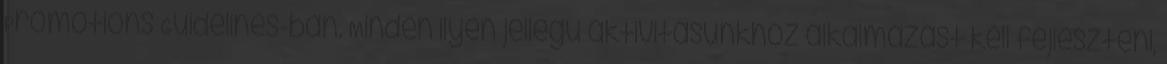
Promotions Guidelines-ban. Minden ilyen jellegű aktivitásunkhoz alkalmazást kell fejleszteni,